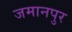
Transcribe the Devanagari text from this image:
जमानपुर